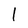
Character: 1